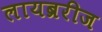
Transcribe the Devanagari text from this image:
लायब्ररीज